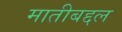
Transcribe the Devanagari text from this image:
मातीबद्दल